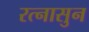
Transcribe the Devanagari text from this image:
रत्‍नासुन